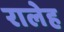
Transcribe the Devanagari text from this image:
रालेह